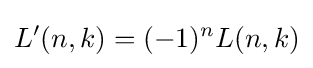
L'(n,k)=(-1)^{n}L(n,k)